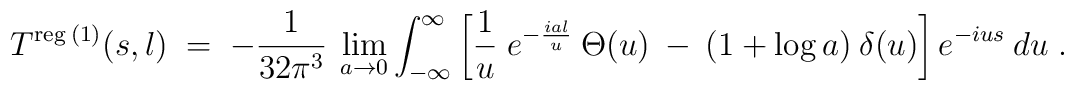
T^{\mbox{\scriptsize{reg}}\:(1)}(s,l) \;=\; -\frac{1}{32 \pi^3} \:\lim_{a \rightarrow 0} \int_{-\infty}^\infty \left[ \frac{1}{u}\;e^{-\frac{i a l}{u}} \:\Theta(u) \:-\: (1+\log a) \:\delta(u) \right]e^{-i u s} \:du \;.